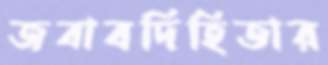
জবাবদিহিতার